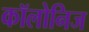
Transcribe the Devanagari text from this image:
कॉलोनिज